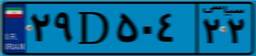
۴۱D۱۶۴۶۴